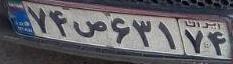
۷۴ص۶۳۱۷۴